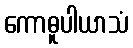
ကောဓူပါယာသံ